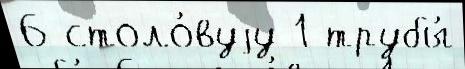
6 столо́вуjу 1 трубы́